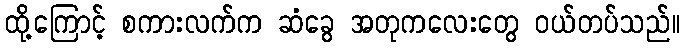
ထို့ကြောင့် စကားလက်က ဆံခွေ အတုကလေးတွေ ဝယ်တပ်သည်။